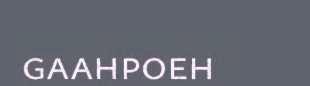
gaahpoeh